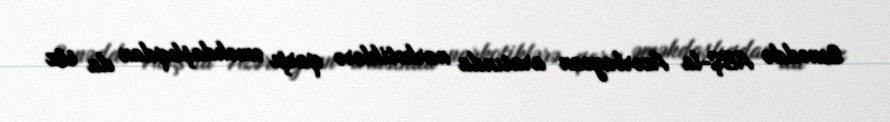
Sənəddə ABŞ-la Azərbaycan arasında narkotiklərə qarşı əməkdaşlıqdan da söz